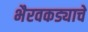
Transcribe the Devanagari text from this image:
भैरवकड्याचे